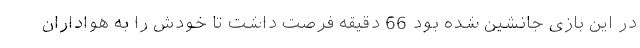
در این بازی جانشین شده بود 66 دقیقه فرصت داشت تا خودش را به هواداران